Leaving Certificate Examination, 1902
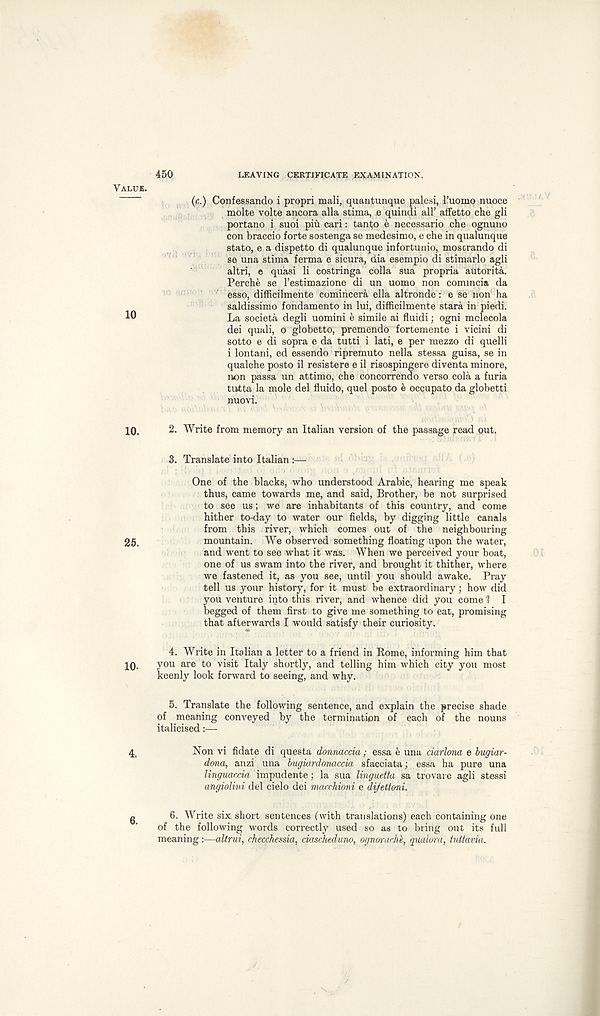
LEAVING CERTIFICATE EXAMINATION.
450
(c.) Confessando i propri mali, quantunque pale.si, I’uomo nuoce
molte volte ancora alia stima, , e quindi all’ affetto che gli
portano i suoi piu carl: tant^o e necessario che ognuno
con braccio forte sostenga se medesimo, e che in qualunque
stato, e a dispetto di qualunque infortunio, moscrando di
se una stima fenna e sicura, dia esempio di stimarlo agli
altri, e quasi li costringa colla sua propria autorita.
Perche se I’estimazione di un uomo non commcia da
esso, difficilmehte comincera ella altronde: e se non ha
saldissimo fondamento in lui, difficilmente stara in piedi.
La societa degli uomini e simile ai fluidi; ogni mclecola
dei quali, o globetto, premendo fortemente i vicini di
sotto e di sopra e da tutti i lati, e per mezzo di quelli
i lontani, ed essendo ripremuto nella stessa guisa, se in
qualche posto il resistere e il risospingere diventa minore,
non passa un attimo, che concorrendo verso cola a furia
tutta la mole del fluido, quel posto e occupato da globetti
nuovi.
2. Write from memory an Italian version of the passage read out.
3. Translate into Italian :—
One of the blacks, who understood Arabic, hearing me speak
thus, came towards me, and said, Brother, be not surprised
to see us; we are inhabitants of this country, and come
hither to-day to water our fields, by digging little canals
from this river, which comes out of the neighbouring
mountain. We observed something floating upon the water,
and went to see what it was. When we perceived your boat,
one of us swam into the river, and brought it thither, where
we fastened it, as you see, until you should awake. Pray
tell us your history, for it must be extraordinary; how did
you venture into this river, and whence did you come 1 I
begged of them first to give me something to eat, promising
that afterwards I would satisfy their curiosity.
4. Write in Italian a letter to a friend in Rome, informing him that
you are to visit Italy shortly, and telling him which city you most
keenly look forward to seeing, and why.
5. Translate the following sentence, and explain the precise shade
of meaning conveyed by the termination of each of the nouns
italicised:—
Non vi fidate di questa donnaccia; essa e una ciarlona e bugiar-
dona, anzi una bugiardonaccia sfacciata; essa ha pure una
linguaccia impudente; la sua linguetta sa trovare agli stessi
angiolini del cielo dei rruurhioni e difettoni.
6. Write six short sentences (with translations) each containing one
of the following words correctly used so as to bring out its full
meaning:—altrui, checchessia, ciascheduno, ognorachk, qualom, tuttavia.